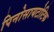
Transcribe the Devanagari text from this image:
पिनोसायटोटिक